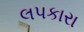
લપકારા